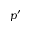
p ^ { \prime }